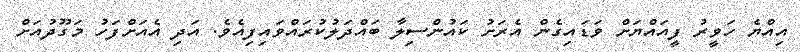
އިއްޔެ ހަވީރު ފީއައްޔަށް ވަޑައިގެން އެރަށު ކައުންސިލާ ބައްދަލުކުރައްވައިފިއެވެ. އަދި އެއަށްފަހު މަގޫދުއަށް